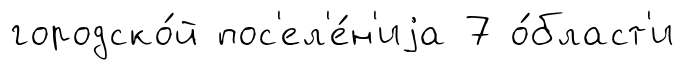
городско́й пос'ел'е́н'иjа 7 о́бласт'и